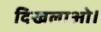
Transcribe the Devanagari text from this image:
दिखलाओ।